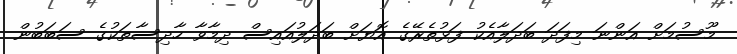
މޫސުމަށް އަންނަ މިފަދަ ބަދަލާއެކު ފަޅުތެރޭގެ އޮޔަށް ބަދަލުއައިސް ދިމާވާ ހާދިސާތަކުގެ ސަބަބުން